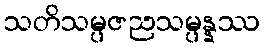
သတိသမ္ပဇညသမ္ပန္နဿ